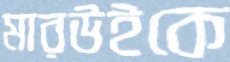
মারউইকে